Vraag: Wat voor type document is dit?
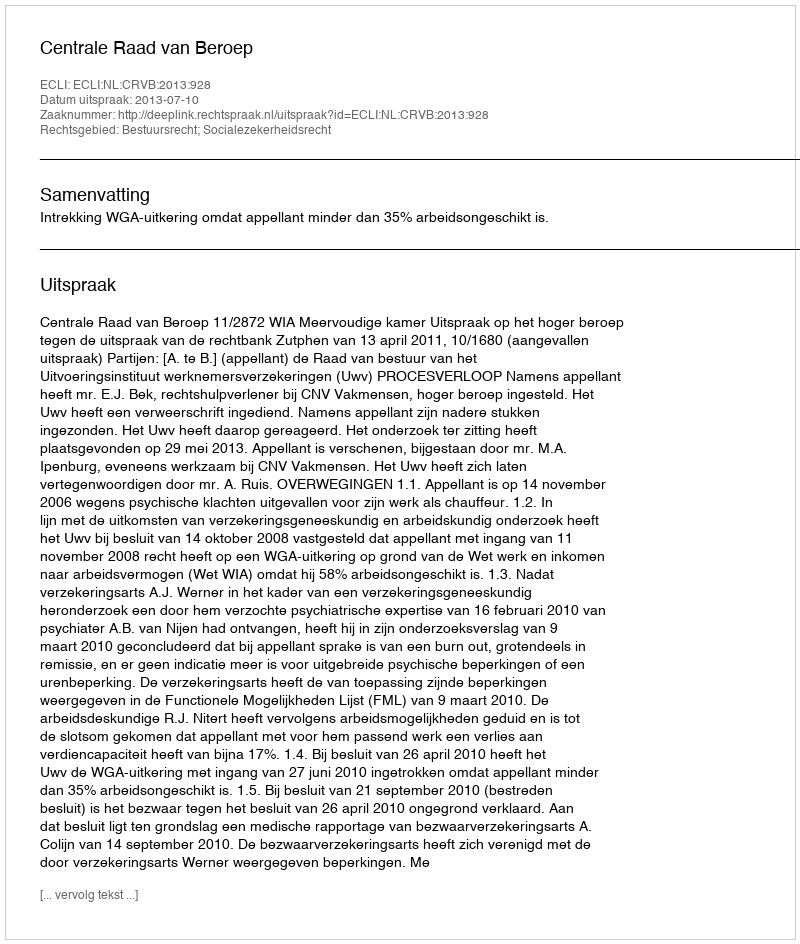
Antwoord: Uitspraak